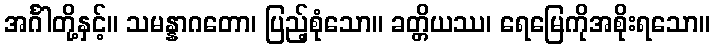
အင်္ဂါတို့နှင့်။ သမန္နာဂတော၊ ပြည့်စုံသော။ ခတ္တိယဿ၊ ရေမြေကိုအစိုးရသော။